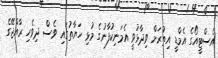
އެސްޓީއޯގެ އެމްޑީ އިތުރަށް ވިދާޅުވީ އެމަނިކުފާނުގެ މުޅި ހަޔާތުގައި ވެސް ދިވެހި ރާއްޖޭގެ